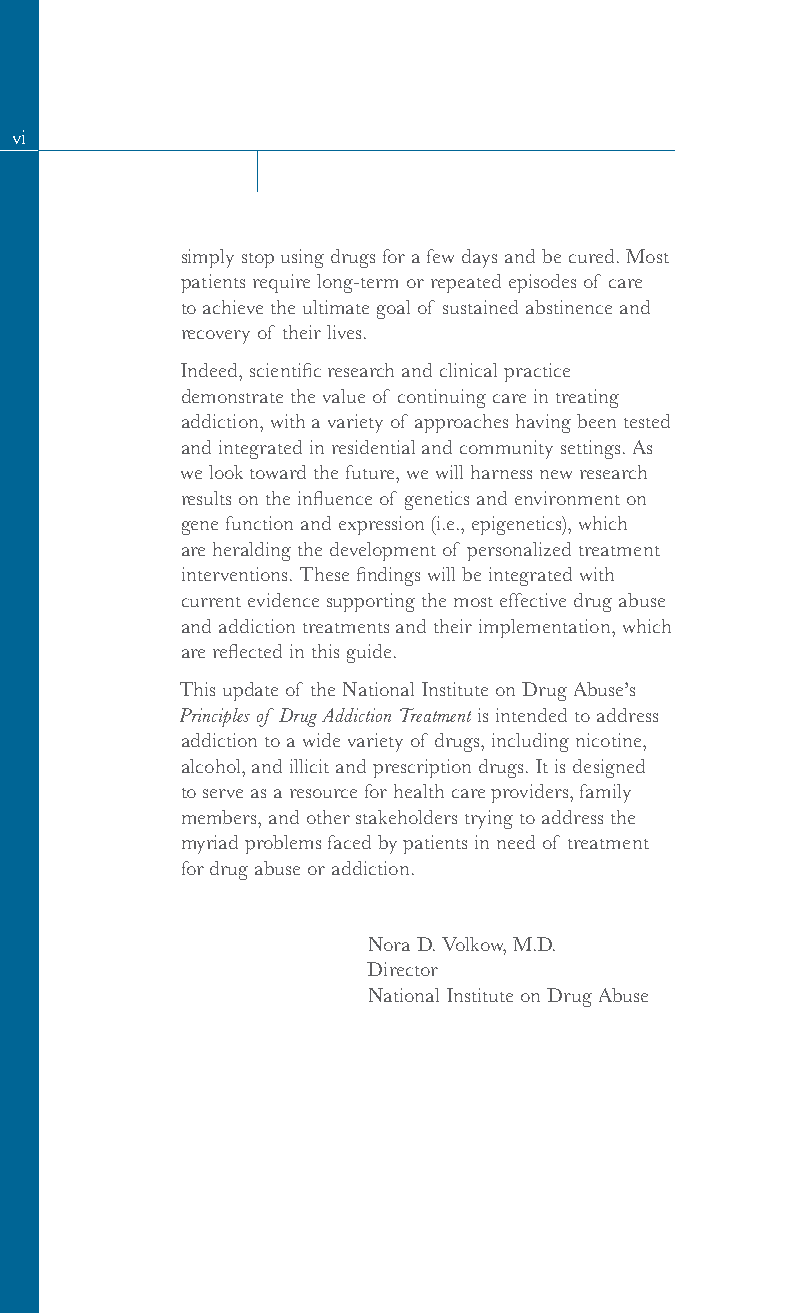
vi
 simply stop using drugs for a few days and be cured. Most
 patients require long-term or repeated episodes of care
 to achieve the ultimate goal of sustained abstinence and
 recovery of their lives.
 Indeed, scientific research and clinical practice
 demonstrate the value of continuing care in treating
 addiction, with a variety of approaches having been tested
 and integrated in residential and community settings. As
 we look toward the future, we will harness new research
 results on the influence of genetics and environment on
 gene function and expression (i.e., epigenetics), which
 are heralding the development of personalized treatment
 interventions. These findings will be integrated with
 current evidence supporting the most effective drug abuse
 and addiction treatments and their implementation, which
 are reflected in this guide.
 This update of the National Institute on Drug Abuse’s
 Principles of Drug Addiction Treatment is intended to address
 addiction to a wide variety of drugs, including nicotine,
 alcohol, and illicit and prescription drugs. It is designed
 to serve as a resource for health care providers, family
 members, and other stakeholders trying to address the
 myriad problems faced by patients in need of treatment
 for drug abuse or addiction.
 Nora D. Volkow, M.D.
 Director
 National Institute on Drug Abuse